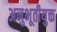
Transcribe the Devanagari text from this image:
अनुभूतीयुक्त